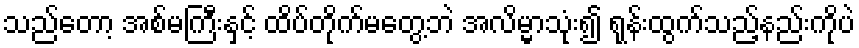
သည်တော့ အစ်မကြီးနှင့် ထိပ်တိုက်မတွေ့ဘဲ အလိမ္မာသုံး၍ ရုန်းထွက်သည့်နည်းကိုပဲ